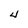
Character: 4